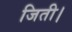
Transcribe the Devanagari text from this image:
जिती।